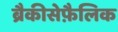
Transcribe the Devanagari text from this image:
ब्रैकीसेफ़ैलिक